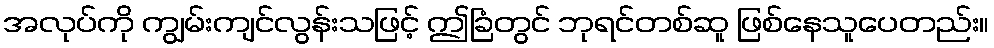
အလုပ်ကို ကျွမ်းကျင်လွန်းသဖြင့် ဤခြံတွင် ဘုရင်တစ်ဆူ ဖြစ်နေသူပေတည်း။